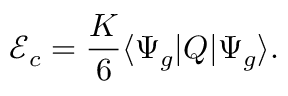
{ \mathcal E } _ { c } = \frac K 6 \langle \Psi _ { g } | Q | \Psi _ { g } \rangle .